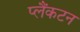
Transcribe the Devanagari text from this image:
प्लैंकटन